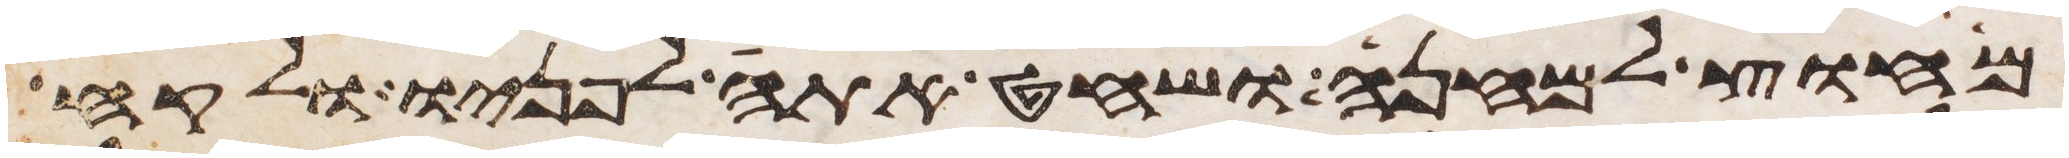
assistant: מחוץ למחנה ושחט אתה לפניו ולקח